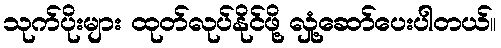
သုက်ပိုးများ ထုတ်လုပ်နိုင်ဖို့ လှုံ့ဆော်ပေးပါတယ်။